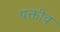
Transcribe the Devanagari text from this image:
यक्तीव